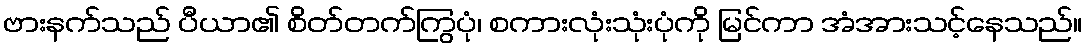
ဗားနက်သည် ပီယာ၏ စိတ်တက်ကြွပုံ၊ စကားလုံးသုံးပုံကို မြင်ကာ အံအားသင့်နေသည်။